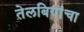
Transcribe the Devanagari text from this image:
तेलबियांचा